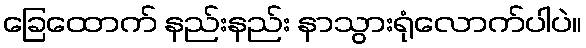
ခြေထောက် နည်းနည်း နာသွားရုံလောက်ပါပဲ။